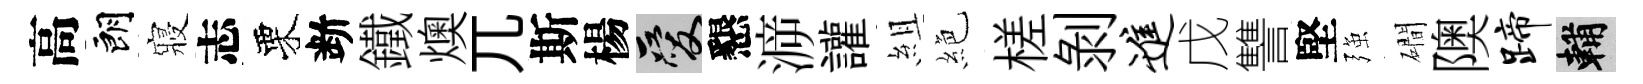
高朗寢志栗断鐵燠兀斯楊爱懇㴑讙組絶槎剝进戊讐堅强磵隩蹄輔